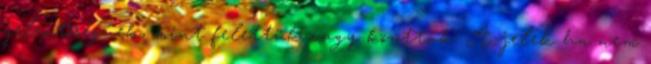
jelentőségűek, mint felettük vagy közöttük. A jelek ha nem